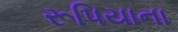
રૂપિયાના